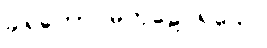
ခါရကော မကုဠေ ရသေ။